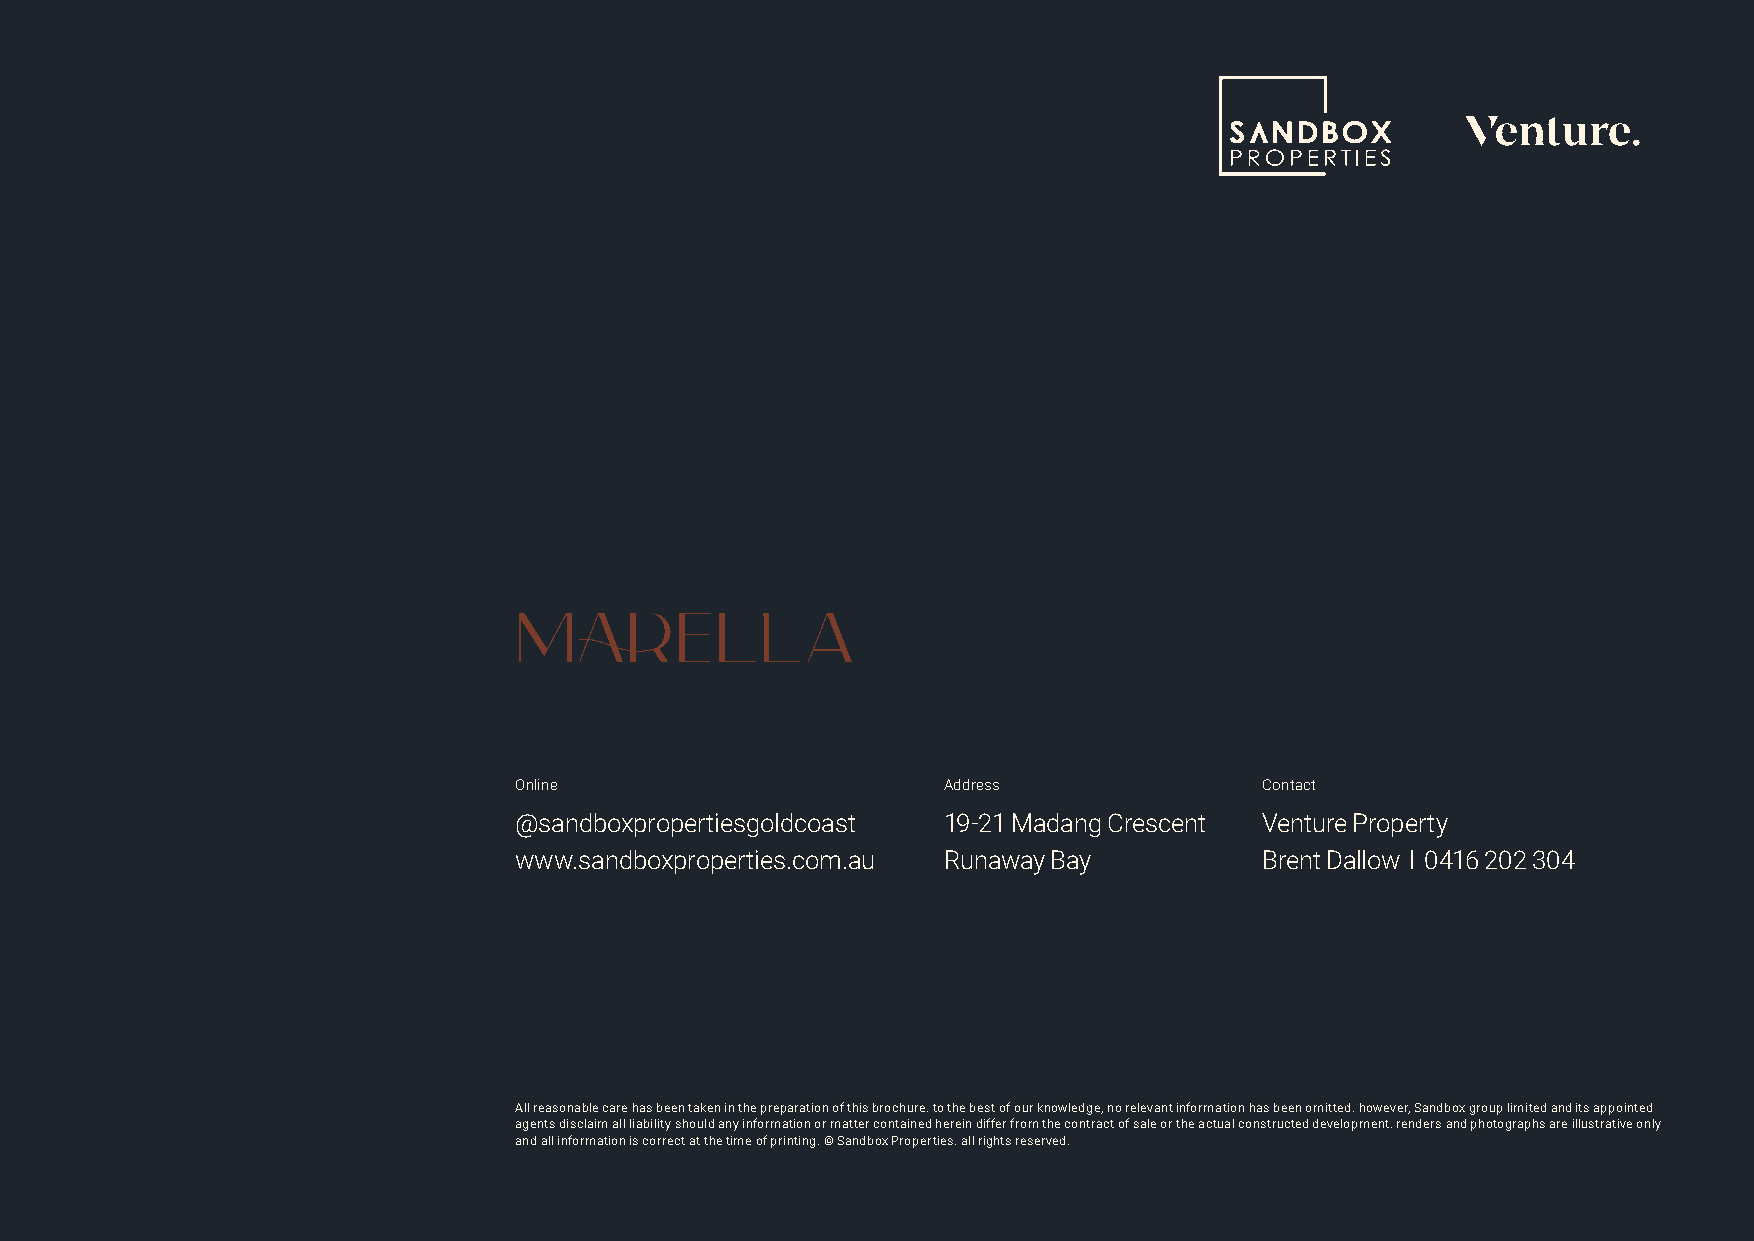
Online                       Address              Contact
 @sandboxpropertiesgoldcoast  19-21 Madang Crescent Venture Property
 www.sandboxproperties.com.au Runaway Bay          Brent Dallow l 0416 202 304
 All reasonable care has been taken in the preparation of this brochure. to the best of our knowledge, no relevant information has been omitted. however, Sandbox group limited and its appointed
 agents disclaim all liability should any information or matter contained herein differ from the contract of sale or the actual constructed development. renders and photographs are illustrative only
 and all information is correct at the time of printing. © Sandbox Properties. all rights reserved.